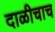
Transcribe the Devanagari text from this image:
दाळीचाच